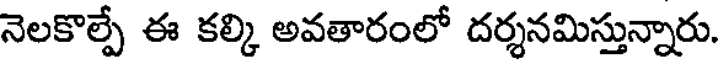
నెలకొల్పే ఈ కల్కి అవతారంలో దర్శనమిస్తున్నారు.